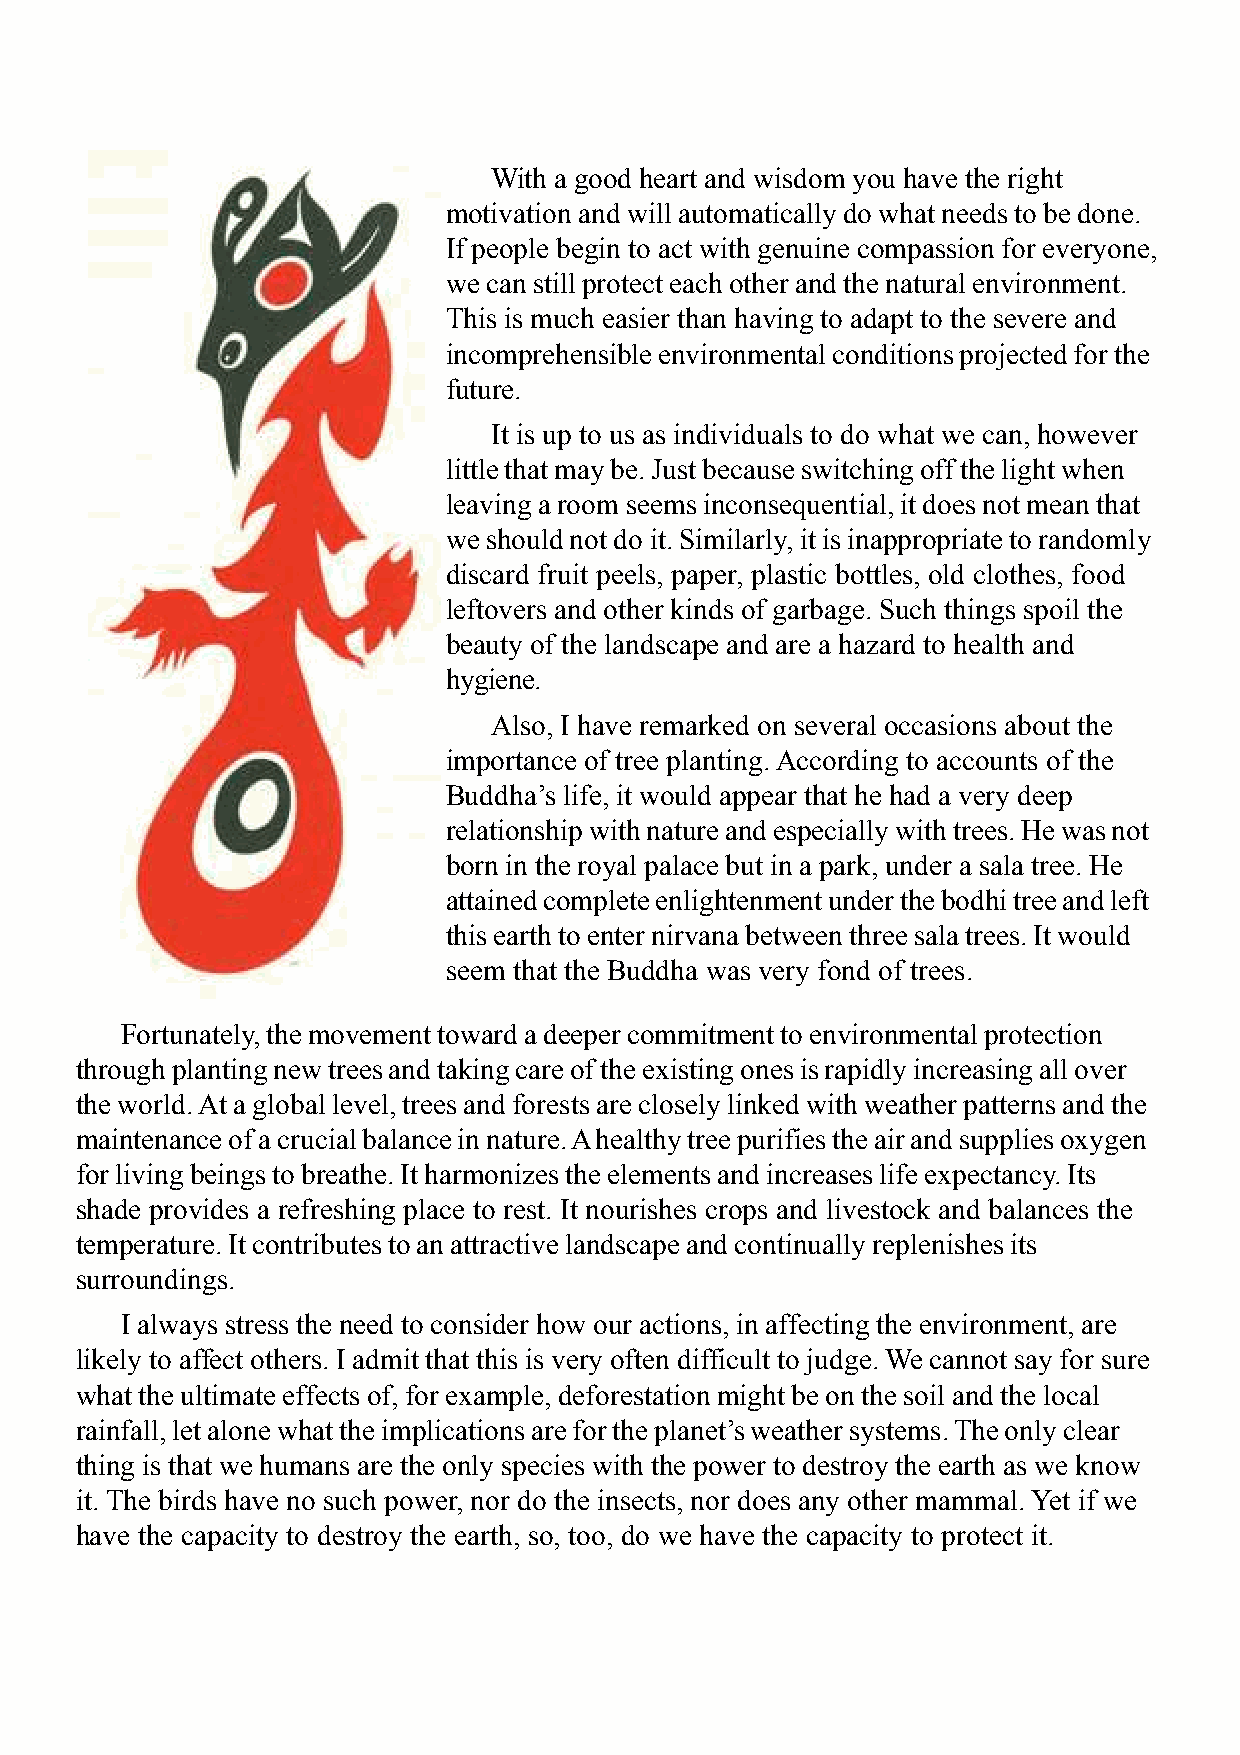
With a good heart and wisdom you have the right
 motivation and will automatically do what needs to be done.
 If people begin to act with genuine compassion for everyone,
 we can still protect each other and the natural environment.
 This is much easier than having to adapt to the severe and
 incomprehensible environmental conditions projected for the
 future.
 It is up to us as individuals to do what we can, however
 little that may be. Just because switching off the light when
 leaving a room seems inconsequential, it does not mean that
 we should not do it. Similarly, it is inappropriate to randomly
 discard fruit peels, paper, plastic bottles, old clothes, food
 leftovers and other kinds of garbage. Such things spoil the
 beauty of the landscape and are a hazard to health and
 hygiene.
 Also, I have remarked on several occasions about the
 importance of tree planting. According to accounts of the
 Buddha’s life, it would appear that he had a very deep
 relationship with nature and especially with trees. He was not
 born in the royal palace but in a park, under a sala tree. He
 attained complete enlightenment under the bodhi tree and left
 this earth to enter nirvana between three sala trees. It would
 seem that the Buddha was very fond of trees.
 Fortunately, the movement toward a deeper commitment to environmental protection
 through planting new trees and taking care of the existing ones is rapidly increasing all over
 the world. At a global level, trees and forests are closely linked with weather patterns and the
 maintenance of a crucial balance in nature. A healthy tree purifies the air and supplies oxygen
 for living beings to breathe. It harmonizes the elements and increases life expectancy. Its
 shade provides a refreshing place to rest. It nourishes crops and livestock and balances the
 temperature. It contributes to an attractive landscape and continually replenishes its
 surroundings.
 I always stress the need to consider how our actions, in affecting the environment, are
 likely to affect others. I admit that this is very often difficult to judge. We cannot say for sure
 what the ultimate effects of, for example, deforestation might be on the soil and the local
 rainfall, let alone what the implications are for the planet’s weather systems. The only clear
 thing is that we humans are the only species with the power to destroy the earth as we know
 it. The birds have no such power, nor do the insects, nor does any other mammal. Yet if we
 have the capacity to destroy the earth, so, too, do we have the capacity to protect it.